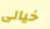
خيالى